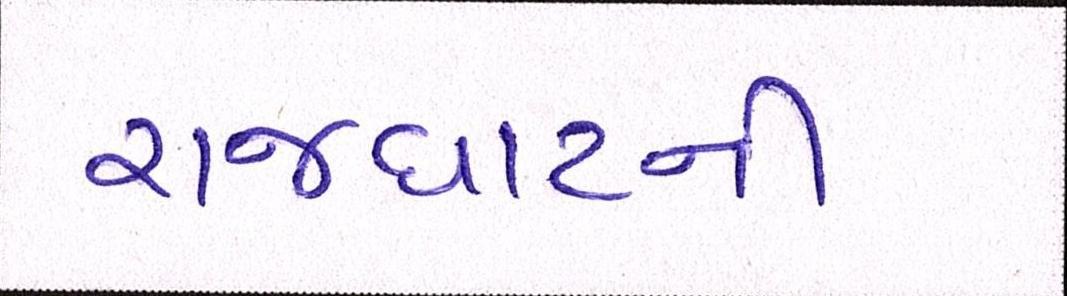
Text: રાજઘાટની